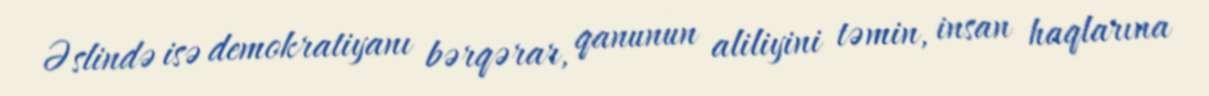
Əslində isə demokratiyanı bərqərar, qanunun aliliyini təmin, insan haqlarına